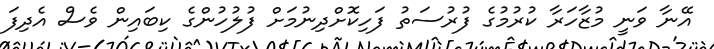
އޭނާ ވަނީ މުޒާހަރާ ކުރުމުގެ ފުރުސަތު ފަހިކޮށްދިނުމަށް ފުލުހުންގެ ކިބައިން ވެސް އެދިފަ